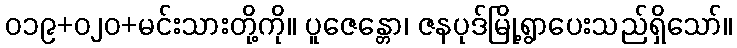
၀၁၉+၀၂၀+မင်းသားတို့ကို။ ပူဇေန္တော၊ ဇနပုဒ်မြို့ရွာပေးသည်ရှိသော်။